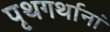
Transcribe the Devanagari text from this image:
पृथगर्थानां